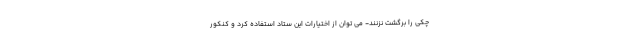
چکی را برگشت نزنند- می توان از اختیارات این ستاد استفاده کرد و کنکور